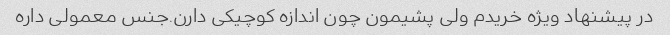
در پیشنهاد ویژه خریدم ولی پشیمون چون اندازه کوچیکی دارن.جنس معمولی داره